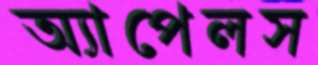
অ্যাপেলস